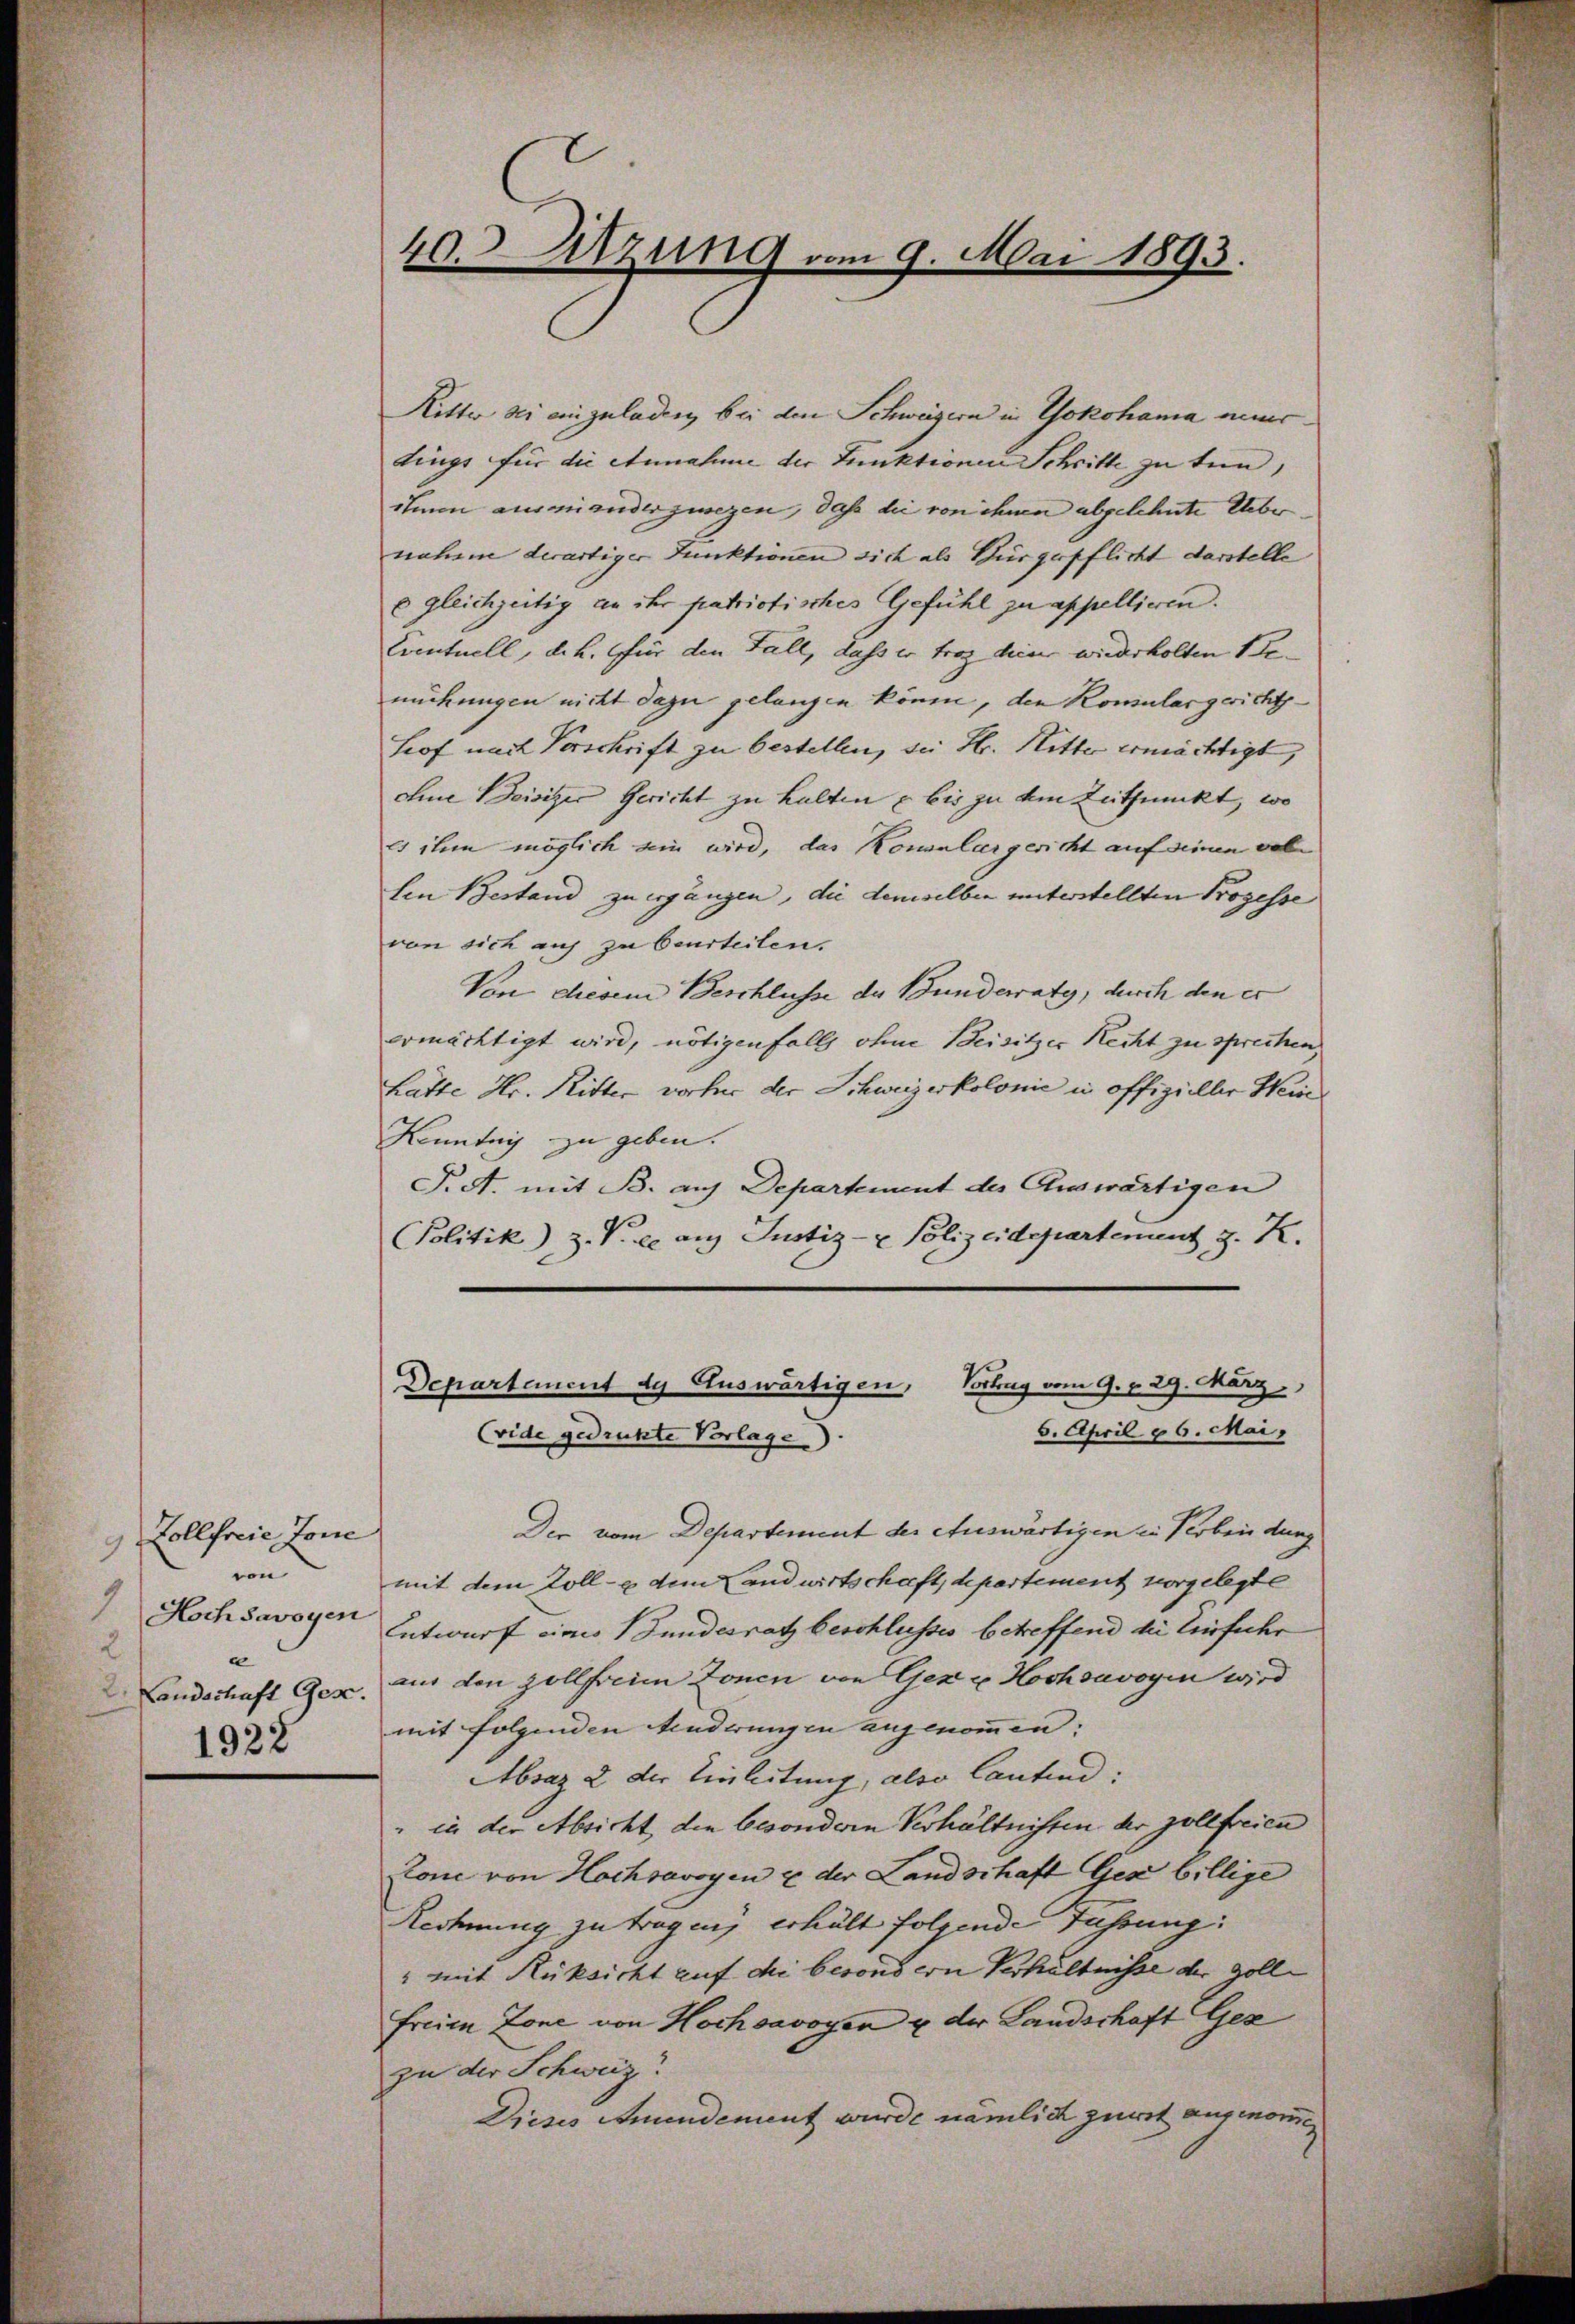
Zollfreie Jone
9
von
1
Koch Savoyen
2
e
Landschaft Ges.
1928

40. Sitzung vom 9. Mai 1893.

Ritter sei einzuladen, bei den Schweizern in Yokohama mir
dings für die Annahme der Funktionen Schritte zu tun,
ihmen ausmianderzuregen, daß die von ihnen abgelehnte Uebernahme derartiger Funktionen sich als Bürgerpflicht darstelle
e gleichzeitig an ihr patriotisches Gefühl zu appellieren.
Eventuell, d. h. für den Fall, dass er trotz hier wiederholten Semückungen nicht dazu gelangen könne, den Komulargerichtshof nach Vorschrift zu bestellen, sei Hr. Ritte ermächtigt,
Eine Beisitzer Gericht zu halten u bis zu dem Zuthunckt, wo
es ihm möglich ein wird, das Konsulargericht auf seinen vol
len Bestand zu ergängen, die demselben unterstellten Prozesse
von sich auf zu beurteilen.
Von diesem Beschlüsse der Bunderraty, durch den er
ermächtigt wird, nötigenfalls ohne Beisitzer Recht zu sprechen,
Latte Hr. Ritter vorher der Schweizerkolonie in offizieller Hein
Konntag zu geben.
P.S. mit B. auf Departement des Eluswärtigen
Politik) Z. V. re ans Justiz- & Polizeidepartement z. K.
Departanent de Auswärtigen, Vortrag vom 9. v. 29. März
6. April 86. Mai.
(vide gedruckte Vorlage
Der vom Departement der Auswärtigen in Verbindung
mit dem Zoll- & dem Landwirtschaft, departement vorgelegte
Entwurf eines Bundesrath beschlusses betreffend die Einfuhr
aus den zollfreien Zonen von Gez u. Hochsavoyen wird
mit folgenden Aenderungen angenommen:
Araz 2 der Einleitung, also lautend:
" in der Absicht, den besondern Verhältnissen der zollfreien
tone von Hochsavoyen u der Landschaft Ges billige
Rechnung zu tragen, erhält folgende Führung:
" mit Rüksicht auf die besondern Verhältnisse der Zolle
freien Zone von Hochsavoyen u der Landschaft Gez
zu der Schweiz.
Dieses Amendement wurde nämlich zuerst angenommen